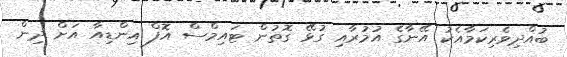
ބުއްދިވެރިކަމާއެކު އޭނާގެ އުމުރާއި ގުޅޭ ގޮތުން ޓައިމްސް އޮފް އިންޑިއާ އަށް ދިން